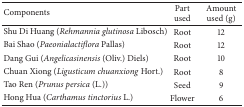
<table><thead><tr><td><b>Components</b></td><td><b>Part used</b></td><td><b>Amount used (g)</b></td></tr></thead><tbody><tr><td>Shu Di Huang (<i>Rehmannia glutinosa</i> Libosch)</td><td>Root</td><td>12</td></tr><tr><td>Bai Shao (<i>Paeonialactiflora</i> Pallas)</td><td>Root</td><td>12</td></tr><tr><td>Dang Gui (<i>Angelicasinensis</i> (Oliv.) Diels)</td><td>Root</td><td>10</td></tr><tr><td>Chuan Xiong (<i>Ligusticum chuanxiong</i> Hort.)</td><td>Root</td><td>8</td></tr><tr><td>Tao Ren (<i>Prunus persica</i> (L.))</td><td>Seed</td><td>9</td></tr><tr><td>Hong Hua (<i>Carthamus tinctorius</i> L.)</td><td>Flower</td><td>6</td></tr></tbody></table>